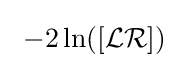
~-2\ln([{\mathcal {LR}}])~